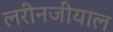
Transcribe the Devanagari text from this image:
लरीनजीयाल